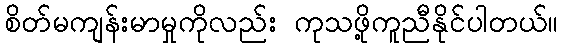
စိတ်မကျန်းမာမှုကိုလည်း ကုသဖို့ကူညီနိုင်ပါတယ်။